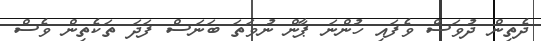
ދެތިން ދުވަސް ވެފައި ހުންނަ ޕާން ނުވަތަ ބަނަސް ފަދަ ތަކެތިން ވެސް